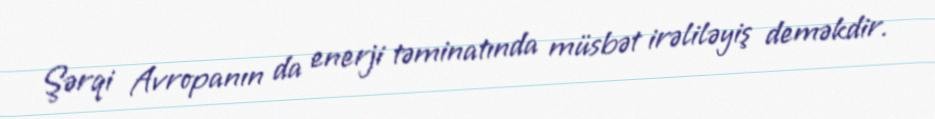
Şərqi Avropanın da enerji təminatında müsbət irəliləyiş deməkdir.